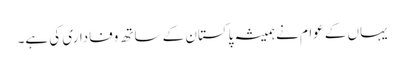
یہاں کے عوام نے ہمیشہ پاکستان کے ساتھ وفاداری کی ہے۔